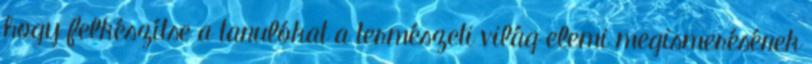
hogy felkészítse a tanulókat a természeti világ elemi megismerésének